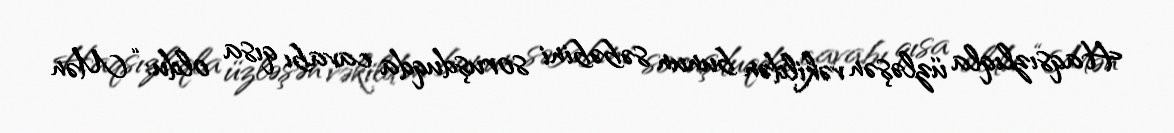
Haqsızlıqla üzləşən vəkildən bunun səbəbini soruşduqda cavabı qısa oldu: “Mən